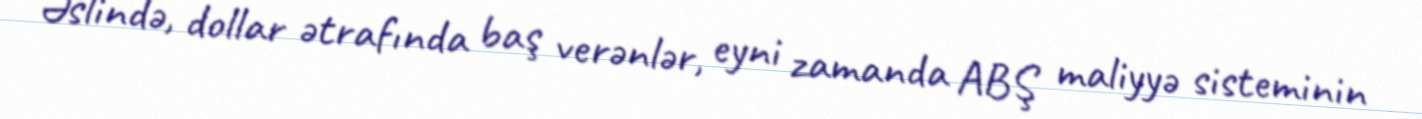
Əslində, dollar ətrafında baş verənlər, eyni zamanda ABŞ maliyyə sisteminin